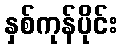
နှစ်ကုန်ပိုင်း